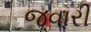
જવારી